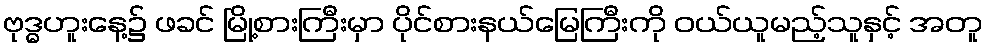
ဗုဒ္ဓဟူးနေ့၌ ဖခင် မြို့စားကြီးမှာ ပိုင်စားနယ်မြေကြီးကို ဝယ်ယူမည့်သူနှင့် အတူ